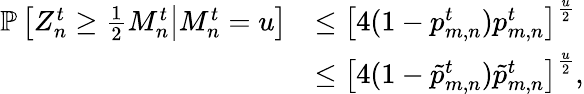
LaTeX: \begin{array}{rl}{\mathbb{P}\left[\left.Z_{n}^{t}\geq\frac{1}{2}M_{n}^{t}\right|M_{n}^{t}=u\right]}&{\leq\left[4(1-p_{m,n}^{t})p_{m,n}^{t}\right]^{\frac{u}{2}}}\\ &{\leq\left[4(1-{\tilde{p}}_{m,n}^{t}){\tilde{p}}_{m,n}^{t}\right]^{\frac{u}{2}},}\end{array}